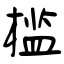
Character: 槛